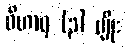
ဝိဟာရ (၃) မျိုး